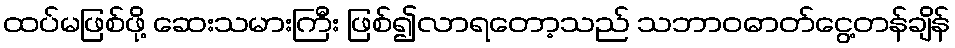
ထပ်မဖြစ်ဖို့ ဆေးသမားကြီး ဖြစ်၍လာရတော့သည် သဘာဝဓာတ်ငွေ့တန်ချိန်